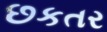
છકતર